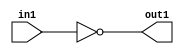
`timescale 1ps / 1ps
/*****************************************************************************
    Verilog RTL Description
    
    
    Created by: Stratus DpOpt 2019.1.01 
*******************************************************************************/

module DC_Filter_Not_1U_1U_4 (
	in1,
	out1
	); /* architecture "behavioural" */ 
input  in1;
output  out1;
wire  asc001;

assign asc001 = 
	((~in1));

assign out1 = asc001;
endmodule

/* CADENCE  urX4SgE= : u9/ySgnWtBlWxVPRXgAZ4Og= ** DO NOT EDIT THIS LINE ******/